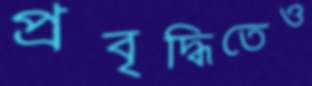
প্রবৃদ্ধিতেও